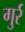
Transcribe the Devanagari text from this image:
गुर्र